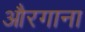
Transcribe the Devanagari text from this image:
औरगाना